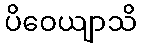
ပိဝေယျာသိ